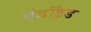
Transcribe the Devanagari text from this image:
एंडॉइड